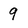
Character: 9